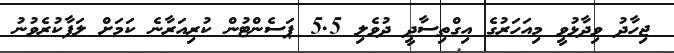
ޖިހާދު ވިދާޅުވީ މިއަހަރުގެ އިގްތިސާދީ ދުވެލި 5.5 ޕަސެންޓުން ކުރިއަރާނެ ކަމަށް ލަފާކުރެވުނު